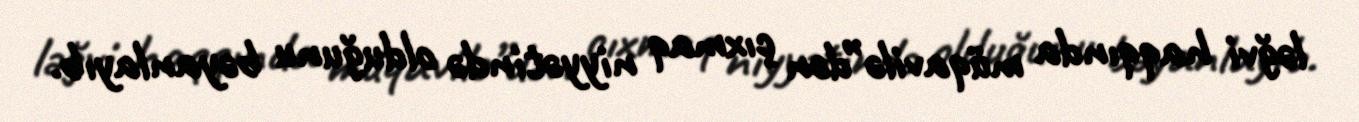
ləğvi haqqında müqavilə”dən çıxmaq niyyətində olduğunu bəyanlayıb.